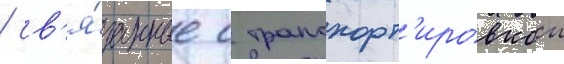
/ св'я́занные с транспорт'ировкои